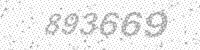
Solution: 893669